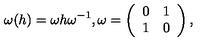
\omega ( h ) = \omega h \omega ^ { - 1 } , \omega = \left( \begin{array} { c c } { 0 } & { 1 } \\ { 1 } & { 0 } \\ \end{array} \right) ,